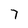
Character: 7